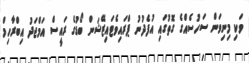
ވަކި މިނިވަން ސަހުސެއްގެ ގޮތުގައި އުފެދުނު ޕްރައިވެޓައިޒޭޝަން ބޯޑުގެ ރައީސް އަމްޖަދު އިބްރާހިމް